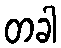
တခါ